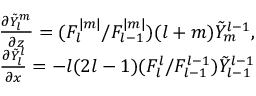
\begin{array} { r } { \frac { \partial \tilde { Y } _ { l } ^ { m } } { \partial z } = ( { F _ { l } ^ { | m | } } / { F _ { l - 1 } ^ { | m | } } ) ( l + m ) \tilde { Y } _ { m } ^ { l - 1 } , } \\ { \frac { \partial \tilde { Y } _ { l } ^ { l } } { \partial x } = - l ( 2 l - 1 ) ( { F _ { l } ^ { l } } / { F _ { l - 1 } ^ { l - 1 } } ) \tilde { Y } _ { l - 1 } ^ { l - 1 } } \end{array}